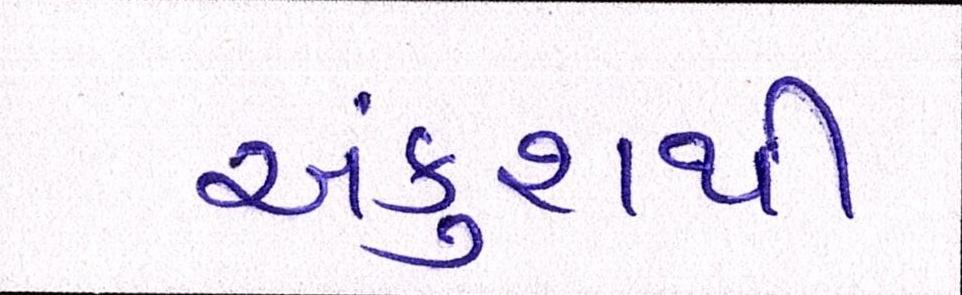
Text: અંકુશથી